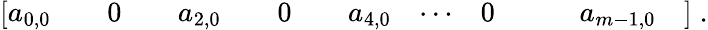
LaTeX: \begin{array}{r}{\left[\begin{array}{lllllllllllllll}{a_{0,0}}&{}&{0}&{}&{a_{2,0}}&{}&{0}&{}&{a_{4,0}}&{\cdots}&{0}&{}&{}&{a_{m-1,0}}&{}\end{array}\right]\; .}\end{array}